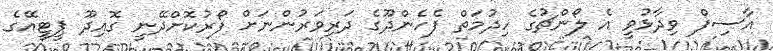
އާސިފް ވިދާޅުވީ އެ ލޯންޗުގެ ހިދުމަތް ފެހެންދޫގެ ދަރިވަރުންނަށް ފޯރުކޮށްދޭނީ ގޮއިދޫ ޕީޓީއޭގެ